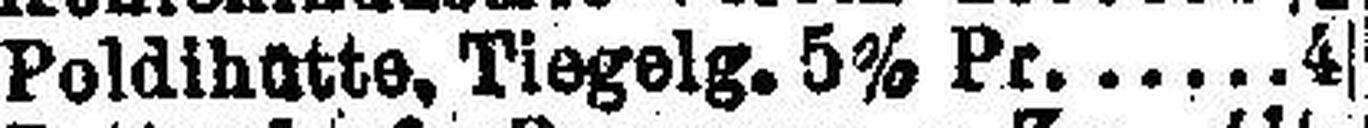
Poldihütte, Tiegelg. 5% Pr. 4